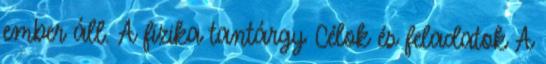
ember áll. A fizika tantárgy Célok és feladatok A